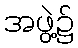
အဖွဲ့၌